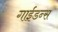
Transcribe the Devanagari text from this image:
गाईडन्स